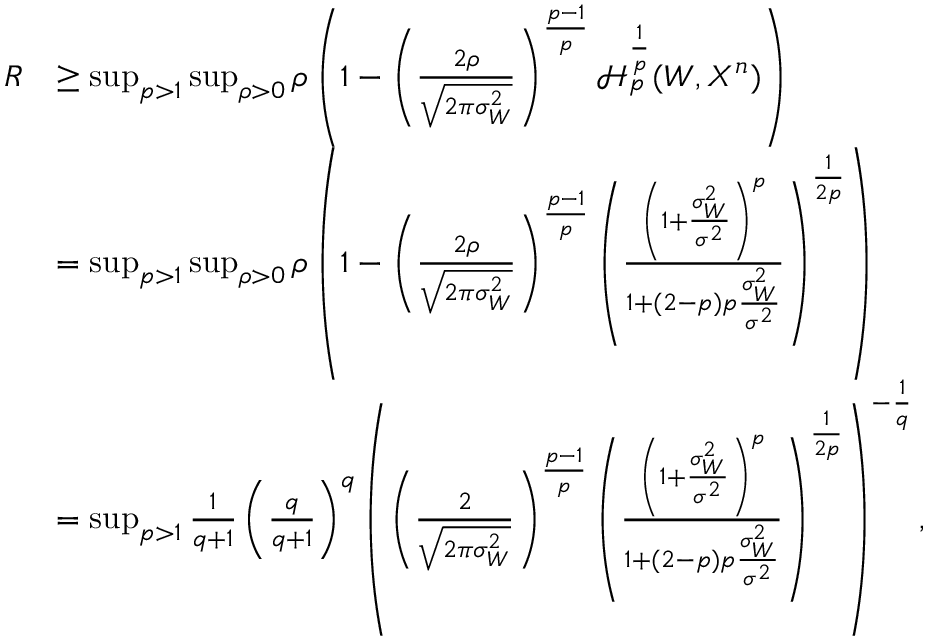
\begin{array} { r l } { R } & { \geq \operatorname* { s u p } _ { p > 1 } \operatorname* { s u p } _ { \rho > 0 } \rho \left( 1 - \left( \frac { 2 \rho } { \sqrt { 2 \pi \sigma _ { W } ^ { 2 } } } \right) ^ { \frac { p - 1 } { p } } \mathcal { H } _ { p } ^ { \frac { 1 } { p } } ( W , X ^ { n } ) \right) } \\ & { = \operatorname* { s u p } _ { p > 1 } \operatorname* { s u p } _ { \rho > 0 } \rho \left( 1 - \left( \frac { 2 \rho } { \sqrt { 2 \pi \sigma _ { W } ^ { 2 } } } \right) ^ { \frac { p - 1 } { p } } \left( \frac { \left( 1 + \frac { \sigma _ { W } ^ { 2 } } { \sigma ^ { 2 } } \right) ^ { p } } { 1 + ( 2 - p ) p \frac { \sigma _ { W } ^ { 2 } } { \sigma ^ { 2 } } } \right) ^ { \frac { 1 } { 2 p } } \right) } \\ & { = \operatorname* { s u p } _ { p > 1 } \frac { 1 } { q + 1 } \left( \frac { q } { q + 1 } \right) ^ { q } \left( \left( \frac { 2 } { \sqrt { 2 \pi \sigma _ { W } ^ { 2 } } } \right) ^ { \frac { p - 1 } { p } } \left( \frac { \left( 1 + \frac { \sigma _ { W } ^ { 2 } } { \sigma ^ { 2 } } \right) ^ { p } } { 1 + ( 2 - p ) p \frac { \sigma _ { W } ^ { 2 } } { \sigma ^ { 2 } } } \right) ^ { \frac { 1 } { 2 p } } \right) ^ { - \frac { 1 } { q } } , } \end{array}